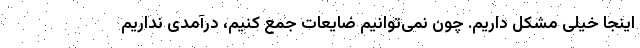
اینجا خیلی مشکل داریم. چون نمی‌توانیم ضایعات جمع کنیم، درآمدی نداریم